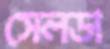
সেলডা